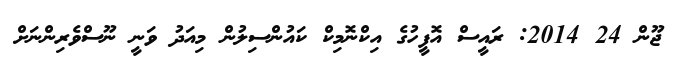
ޖޫން 24 2014: ރައީސް އޮފީހުގެ އިކްނޮމިކް ކައުންސިލުން މިއަދު ވަނީ ނޫސްވެރިންނަށް